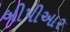
બીપીઆર